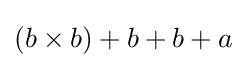
(b\times b)+b+b+a